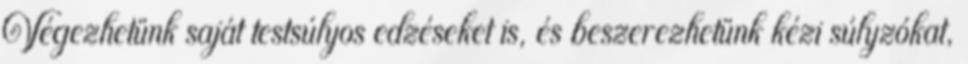
Végezhetünk saját testsúlyos edzéseket is, és beszerezhetünk kézi súlyzókat,